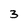
Character: 3